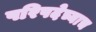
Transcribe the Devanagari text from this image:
परिषदेच्याच